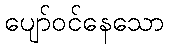
ပျော်ဝင်နေသော